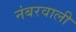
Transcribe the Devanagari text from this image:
नंबरवाली